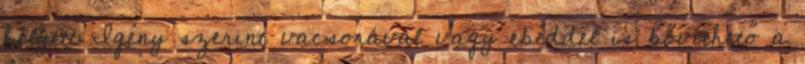
helyett Igény szerint vacsorával vagy ebéddel is bővíthető a